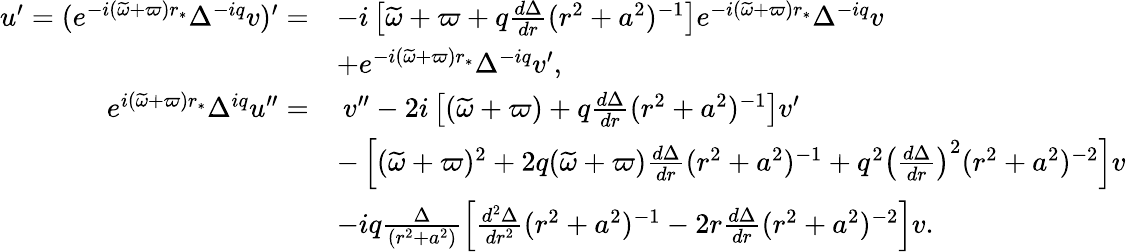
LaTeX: \begin{array}{rl}{u^{\prime}=(e^{-i(\widetilde{\omega}+\varpi)r_{*}}\Delta^{-iq}v)^{\prime}=}&{-i\left[\widetilde{\omega}+\varpi+q\frac{d\Delta}{dr}(r^{2}+a^{2})^{-1}\right]e^{-i(\widetilde{\omega}+\varpi)r_{*}}\Delta^{-iq}v}\\ &{+e^{-i(\widetilde{\omega}+\varpi)r_{*}}\Delta^{-iq}v^{\prime},}\\ {e^{i(\widetilde{\omega}+\varpi)r_{*}}\Delta^{iq}u^{\prime\prime}=}&{\: v^{\prime\prime}-2i\left[(\widetilde{\omega}+\varpi)+q\frac{d\Delta}{dr}(r^{2}+a^{2})^{-1}\right]v^{\prime}}\\ &{-\left[(\widetilde{\omega}+\varpi)^{2}+2q(\widetilde{\omega}+\varpi)\frac{d\Delta}{dr}(r^{2}+a^{2})^{-1}+q^{2}\left(\frac{d\Delta}{dr}\right)^{2}(r^{2}+a^{2})^{-2}\right]v}\\ &{-iq\frac{\Delta}{(r^{2}+a^{2})}\left[\frac{d^{2}\Delta}{dr^{2}}(r^{2}+a^{2})^{-1}-2r\frac{d\Delta}{dr}(r^{2}+a^{2})^{-2}\right]v.}\end{array}